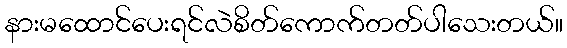
နားမထောင်ပေးရင်လဲစိတ်ကောက်တတ်ပါသေးတယ်။